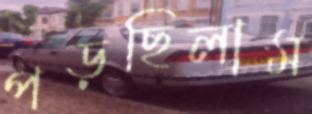
পড়ছিলাম